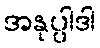
အနုပ္ပါဒါ